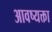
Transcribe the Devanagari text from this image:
आवष्यक्ता